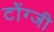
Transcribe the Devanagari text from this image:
टोंग्जी